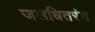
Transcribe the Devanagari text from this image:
जलधितरंग